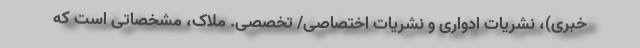
خبری)، نشریات ادواری و نشریات اختصاصی/ تخصصی. ملاک، مشخصاتی است که